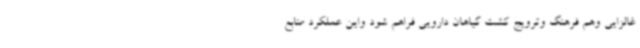
غالزایی وهم فرهنگ وترویج کشت گیاهان دارویی فراهم شود واین عملکرد منابع